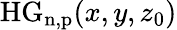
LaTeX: \mathrm{HG_{n,p}}(x,y,z_{0})